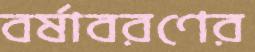
বর্ষাবরণের